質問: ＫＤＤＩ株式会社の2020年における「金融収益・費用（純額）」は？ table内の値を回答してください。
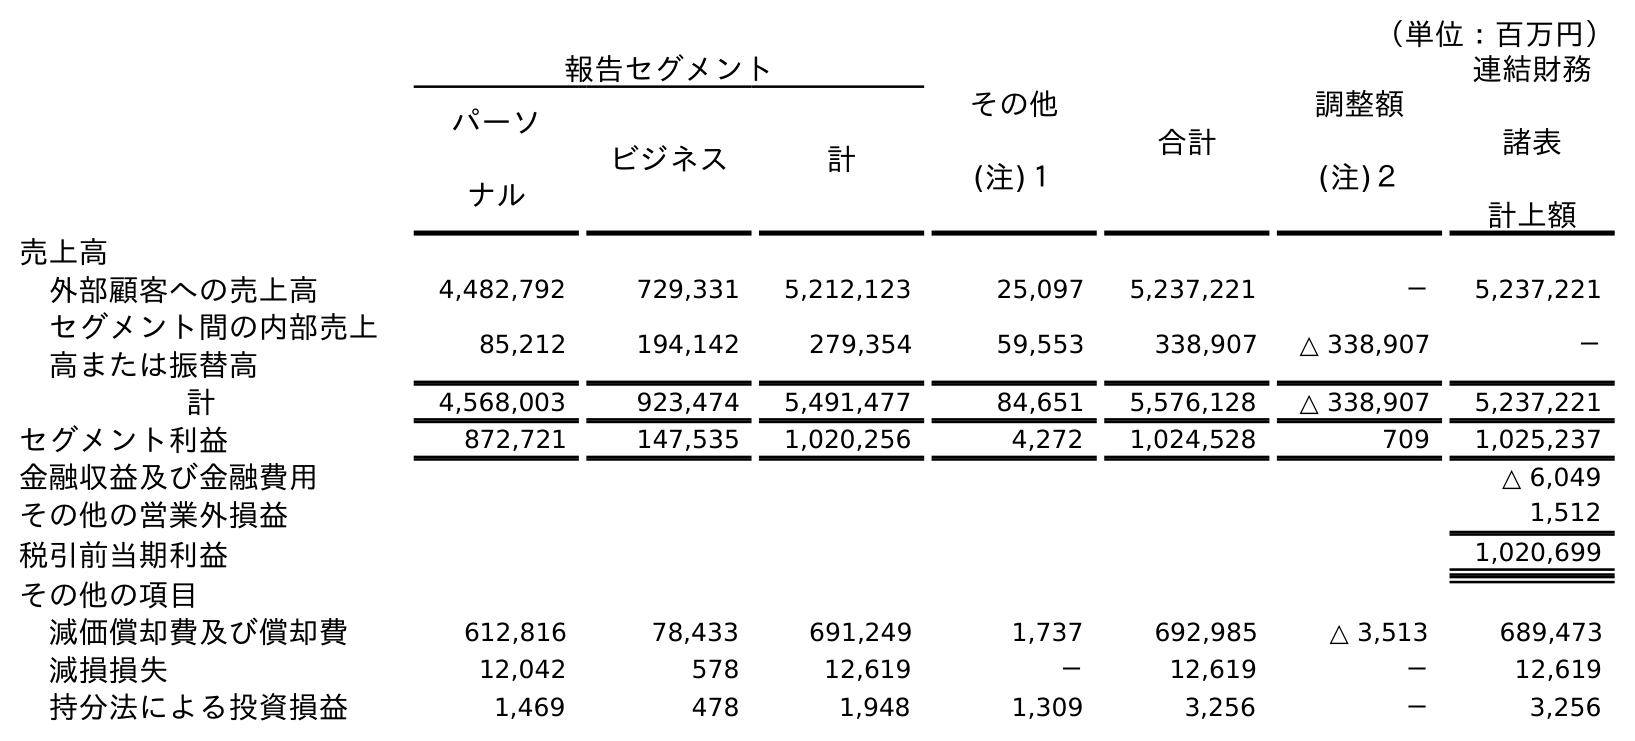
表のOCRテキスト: （単位：百万円） 報告セグメント その他 (注)１ 合計 調整額 (注)２ 連結財務 諸表 計上額 パーソ ナル ビジネス 計 売上高 外部顧客への売上高 4,482,792 729,331 5,212,123 25,097 5,237,221 － 5,237,221 セグメント間の内部売上 高または振替高 85,212 194,142 279,354 59,553 338,907 △ 338,907 － 計 4,568,003 923,474 5,491,477 84,651 5,576,128 △ 338,907 5,237,221 セグメント利益 872,721 147,535 1,020,256 4,272 1,024,528 709 1,025,237 金融収益及び金融費用 △ 6,049 その他の営業外損益 1,512 税引前当期利益 1,020,699 その他の項目 減価償却費及び償却費 612,816 78,433 691,249 1,737 692,985 △ 3,513 689,473 減損損失 12,042 578 12,619 － 12,619 － 12,619 持分法による投資損益 1,469 478 1,948 1,309 3,256 － 3,256
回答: △6,049